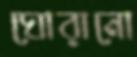
ঘোরানো